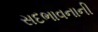
સદભાવનાની